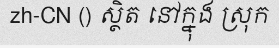
zh-CN () ស្ថិត នៅក្នុង ស្រុក